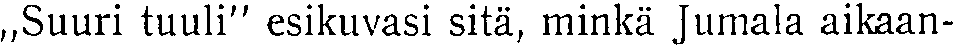
,,Suuri tuuli'' esikuvasi sitä, minkä Jumala aikaan-